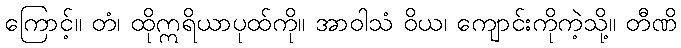
ကြောင့်။ တံ၊ ထိုဣရိယာပုထ်ကို။ အာဝါသံ ဝိယ၊ ကျောင်းကိုကဲ့သို့။ တီဏိ